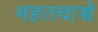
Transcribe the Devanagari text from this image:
महत्त्वाच्चे